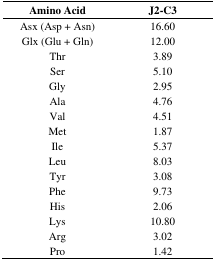
| Amino Acid | J2-C3 |
 | --- | --- |
 | Asx (Asp + Asn) | 16.60 |
 | Glx (Glu + Gln) | 12.00 |
 | Thr | 3.89 |
 | Ser | 5.10 |
 | Gly | 2.95 |
 | Ala | 4.76 |
 | Val | 4.51 |
 | Met | 1.87 |
 | Ile | 5.37 |
 | Leu | 8.03 |
 | Tyr | 3.08 |
 | Phe | 9.73 |
 | His | 2.06 |
 | Lys | 10.80 |
 | Arg | 3.02 |
 | Pro | 1.42 |